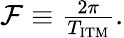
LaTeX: \begin{array}{r}{\mathcal{F}\equiv\frac{2\pi}{T_{\mathrm{ITM}}}.}\end{array}